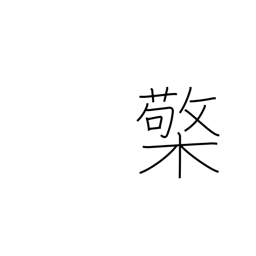
Meaning: lamp stand